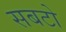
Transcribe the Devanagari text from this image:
सबटो